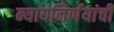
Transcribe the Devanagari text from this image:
न्यायनिर्णयांची